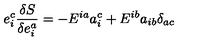
e _ { i } ^ { c } \frac { \delta S } { \delta e _ { i } ^ { a } } = - E ^ { i a } a _ { i } ^ { c } + E ^ { i b } a _ { i b } \delta _ { a c }